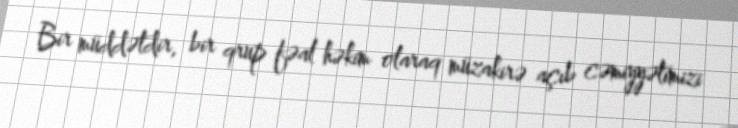
Bir müddətdir, bir qrup fəal həkim olaraq müzakirə açıb cəmiyyətimizi